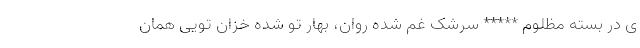
ى در بسته مظلوم ***** سرشک غم شده روان، بهار تو شده خزان تویی همان